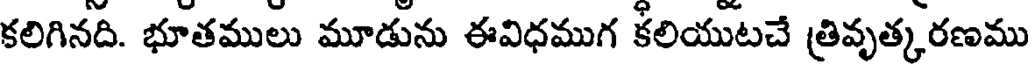
కలిగినది. భూతములు మూడును ఈవిధముగ కలియుటచే త్రివృత్కరణము